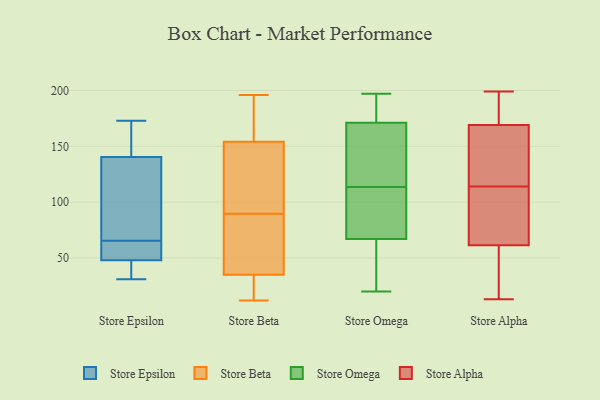
{"axis": {"x": "Active Users", "y": "Value"}, "legend": ["Store Alpha", "Store Beta", "Store Epsilon", "Store Omega"], "data": [{"x": "", "y": 31, "type": "Store Epsilon"}, {"x": "", "y": 141, "type": "Store Epsilon"}, {"x": "", "y": 51, "type": "Store Epsilon"}, {"x": "", "y": 68, "type": "Store Epsilon"}, {"x": "", "y": 43, "type": "Store Epsilon"}, {"x": "", "y": 45, "type": "Store Epsilon"}, {"x": "", "y": 58, "type": "Store Epsilon"}, {"x": "", "y": 173, "type": "Store Epsilon"}, {"x": "", "y": 102, "type": "Store Epsilon"}, {"x": "", "y": 63, "type": "Store Epsilon"}, {"x": "", "y": 165, "type": "Store Epsilon"}, {"x": "", "y": 140, "type": "Store Epsilon"}, {"x": "", "y": 154, "type": "Store Beta"}, {"x": "", "y": 139, "type": "Store Beta"}, {"x": "", "y": 97, "type": "Store Beta"}, {"x": "", "y": 152, "type": "Store Beta"}, {"x": "", "y": 196, "type": "Store Beta"}, {"x": "", "y": 57, "type": "Store Beta"}, {"x": "", "y": 16, "type": "Store Beta"}, {"x": "", "y": 61, "type": "Store Beta"}, {"x": "", "y": 35, "type": "Store Beta"}, {"x": "", "y": 82, "type": "Store Beta"}, {"x": "", "y": 34, "type": "Store Beta"}, {"x": "", "y": 168, "type": "Store Beta"}, {"x": "", "y": 12, "type": "Store Beta"}, {"x": "", "y": 163, "type": "Store Beta"}, {"x": "", "y": 23, "type": "Store Beta"}, {"x": "", "y": 82, "type": "Store Beta"}, {"x": "", "y": 117, "type": "Store Beta"}, {"x": "", "y": 155, "type": "Store Beta"}, {"x": "", "y": 84, "type": "Store Omega"}, {"x": "", "y": 22, "type": "Store Omega"}, {"x": "", "y": 149, "type": "Store Omega"}, {"x": "", "y": 47, "type": "Store Omega"}, {"x": "", "y": 20, "type": "Store Omega"}, {"x": "", "y": 86, "type": "Store Omega"}, {"x": "", "y": 191, "type": "Store Omega"}, {"x": "", "y": 109, "type": "Store Omega"}, {"x": "", "y": 118, "type": "Store Omega"}, {"x": "", "y": 133, "type": "Store Omega"}, {"x": "", "y": 182, "type": "Store Omega"}, {"x": "", "y": 67, "type": "Store Omega"}, {"x": "", "y": 107, "type": "Store Omega"}, {"x": "", "y": 197, "type": "Store Omega"}, {"x": "", "y": 142, "type": "Store Omega"}, {"x": "", "y": 63, "type": "Store Omega"}, {"x": "", "y": 171, "type": "Store Omega"}, {"x": "", "y": 189, "type": "Store Omega"}, {"x": "", "y": 103, "type": "Store Alpha"}, {"x": "", "y": 72, "type": "Store Alpha"}, {"x": "", "y": 80, "type": "Store Alpha"}, {"x": "", "y": 126, "type": "Store Alpha"}, {"x": "", "y": 170, "type": "Store Alpha"}, {"x": "", "y": 168, "type": "Store Alpha"}, {"x": "", "y": 51, "type": "Store Alpha"}, {"x": "", "y": 13, "type": "Store Alpha"}, {"x": "", "y": 23, "type": "Store Alpha"}, {"x": "", "y": 125, "type": "Store Alpha"}, {"x": "", "y": 199, "type": "Store Alpha"}, {"x": "", "y": 196, "type": "Store Alpha"}]}